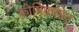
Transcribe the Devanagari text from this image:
कोषिक्कोट